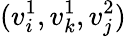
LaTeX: (v_{i}^{1},v_{k}^{1},v_{j}^{2})